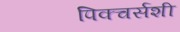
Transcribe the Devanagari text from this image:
पिक्चर्सशी